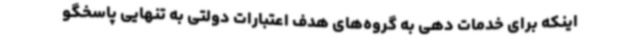
اینکه برای خدمات دهی به گروه‌های هدف اعتبارات دولتی به تنهایی پاسخگو